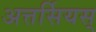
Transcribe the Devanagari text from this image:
अत्तर्सियस्